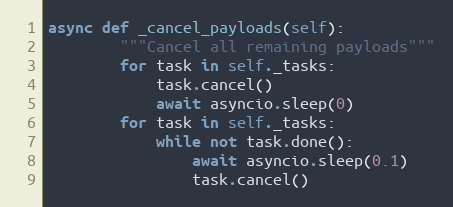
Language: Python
async def _cancel_payloads(self):
        """Cancel all remaining payloads"""
        for task in self._tasks:
            task.cancel()
            await asyncio.sleep(0)
        for task in self._tasks:
            while not task.done():
                await asyncio.sleep(0.1)
                task.cancel()